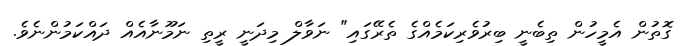
ގޮތުން އެމީހުން ތިބެނީ ބިރުވެރިކަމެެއްްގެ ތެރޭގައި" ނަވާލް މިދަނީ ރީތި ނަމޫނާއެއް ދައްކަމުންނެވެ.